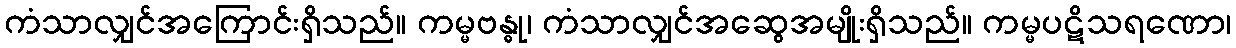
ကံသာလျှင်အကြောင်းရှိသည်။ ကမ္မဗန္ဓု၊ ကံသာလျှင်အဆွေအမျိုးရှိသည်။ ကမ္မပဋိသရဏော၊